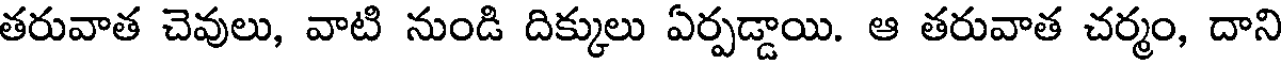
తరువాత చెవులు, వాటి నుండి దిక్కులు ఏర్పడ్డాయి. ఆ తరువాత చర్మం, దాని